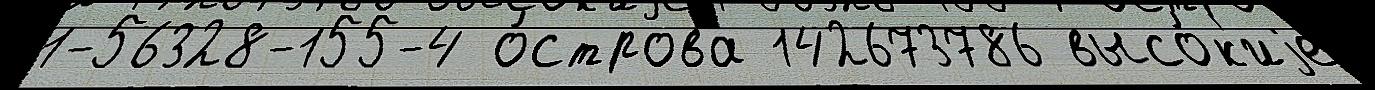
1-56328-155-4 о́строва 142673786 высо́к'иjе